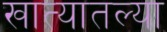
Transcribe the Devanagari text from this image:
खात्यातल्या